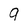
Character: q